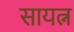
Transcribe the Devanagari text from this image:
सायत्न